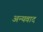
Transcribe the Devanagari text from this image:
अन्यवाद